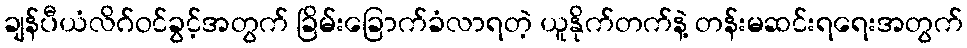
ချန်ပီယံလိဂ်ဝင်ခွင့်အတွက် ခြိမ်းခြောက်ခံလာရတဲ့ ယူနိုက်တက်နဲ့ တန်းမဆင်းရရေးအတွက်